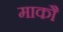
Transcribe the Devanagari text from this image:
माकौ